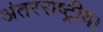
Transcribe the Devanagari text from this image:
अंतरराष्ट्रीय।